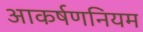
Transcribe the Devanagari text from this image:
आकर्षणनियम